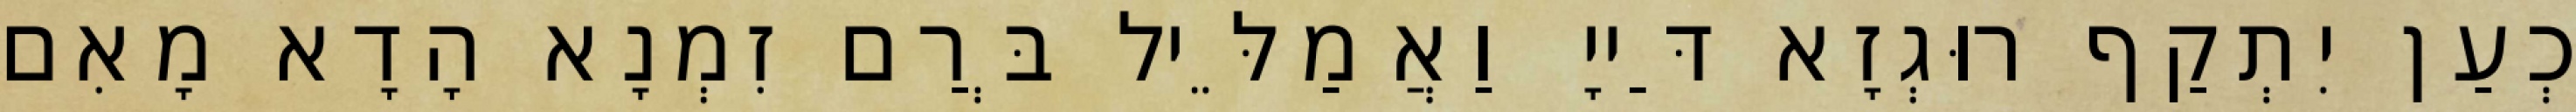
כְעַן יִתְקַף רוּגְזָא דַּייָ וַאֲמַלֵּיל בְּרַם זִמְנָא הָדָא מָאִם